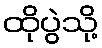
ထိုပွဲသို့